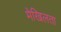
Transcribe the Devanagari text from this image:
मेखिलता